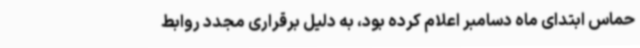
حماس ابتدای ماه دسامبر اعلام کرده بود، به دلیل برقراری مجدد روابط